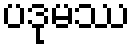
ပဒုမဿ